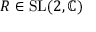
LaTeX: R \in \mathrm { S L } ( 2 , \mathbb { C } )